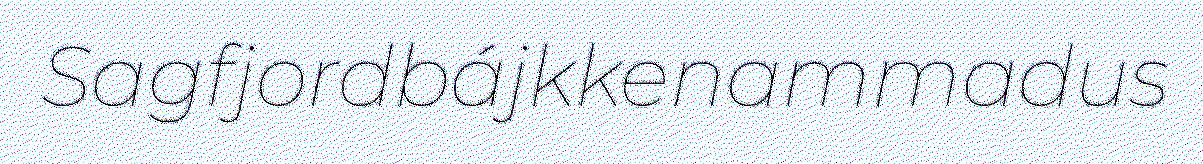
Sagfjordbájkkenammadus